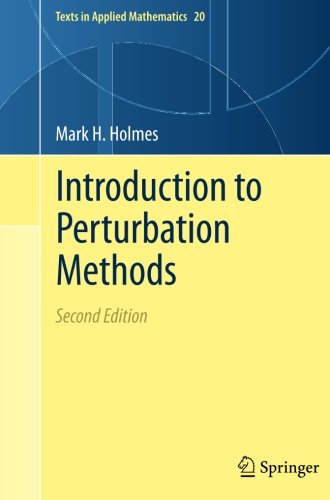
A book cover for Introduction to Perturbation Methods (Texts in Applied Mathematics); Mark H. Holmes; Science & Math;